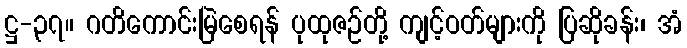
ဋ္ဌ-၃၇။ ဂတိကောင်းမြဲစေရန် ပုထုဇဉ်တို့ ကျင့်ဝတ်များကို ပြဆိုခန်း၊ အံ